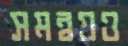
সমন্বয়ও